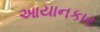
આયાનકાર